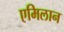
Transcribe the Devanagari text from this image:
एमिलान